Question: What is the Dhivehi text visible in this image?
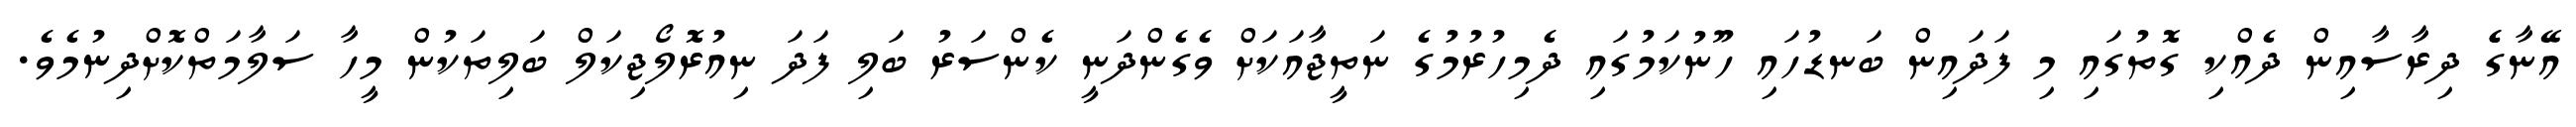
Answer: އޭނާގެެ ދިރާސާއިން ދެއްކި ގޮތުގައި މި ފަދައިން ބަނޑުހައި ހޫނުކަމުގައި ދެމިހުރުމުގެ ނަތީޖާއަކަށް ވެގެންދަނީ ކެންސަރު ބަލި ފަދަ ނިއުރޮލޯޖިކަލް ބަލިތަކުން މީހާ ސަލާމަތްކޮށްދިނުމެވެ.